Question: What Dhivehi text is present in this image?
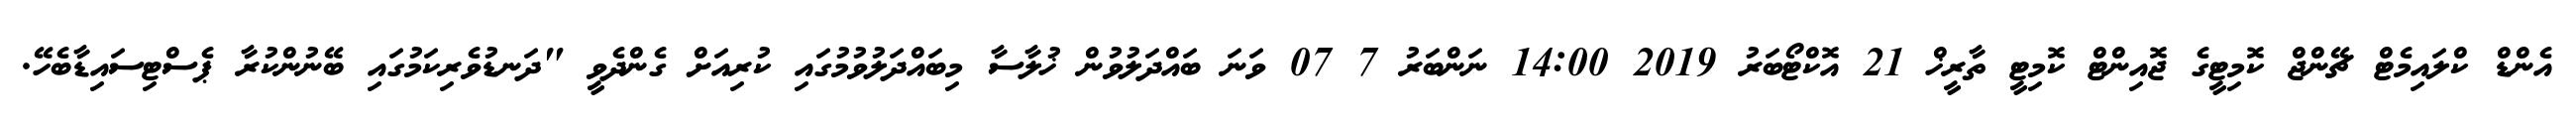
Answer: އެންޑް ކްލައިމެޓް ޗޭންޖް ކޮމިޓީގެ ޖޮއިންޓް ކޮމިޓީ ތާރީޚް 21 އޮކްޓޯބަރު 2019 14:00 ނަންބަރު 7 07 ވަނަ ބައްދަލުވުން ޚުލާސާ މިބައްދަލުވުމުގައި ކުރިއަށް ގެންދެވީ "ދަނޑުވެރިކަމުގައި ބޭނުންކުރާ ޕެސްޓިސައިޑާބެހޭ.